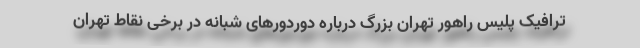
ترافیک پلیس راهور تهران بزرگ درباره دوردورهای شبانه در برخی نقاط تهران